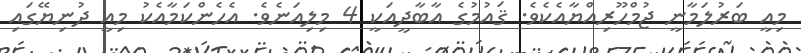
މިއީ ބަރުލަމާނީ ޖުމްހޫރިއްޔާއެކެވެ. ޤައުމުގެ އާބާދީއަކީ 4 މިލިއަނެވެ. އެހެންކަމާއެކު މިއީ ދުނިޔޭގައި